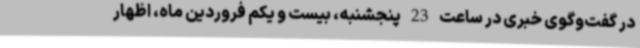
در گفت‌وگوی خبری در ساعت 23 پنجشنبه، بیست و یکم فروردین ماه، اظهار